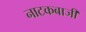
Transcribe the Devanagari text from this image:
नाटकबाजी